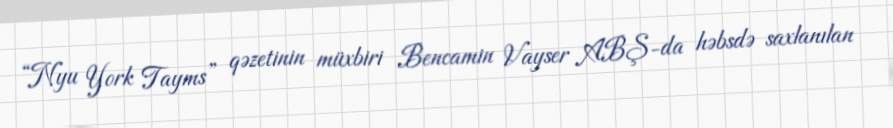
“Nyu York Tayms” qəzetinin müxbiri Bencamin Vayser ABŞ-da həbsdə saxlanılan